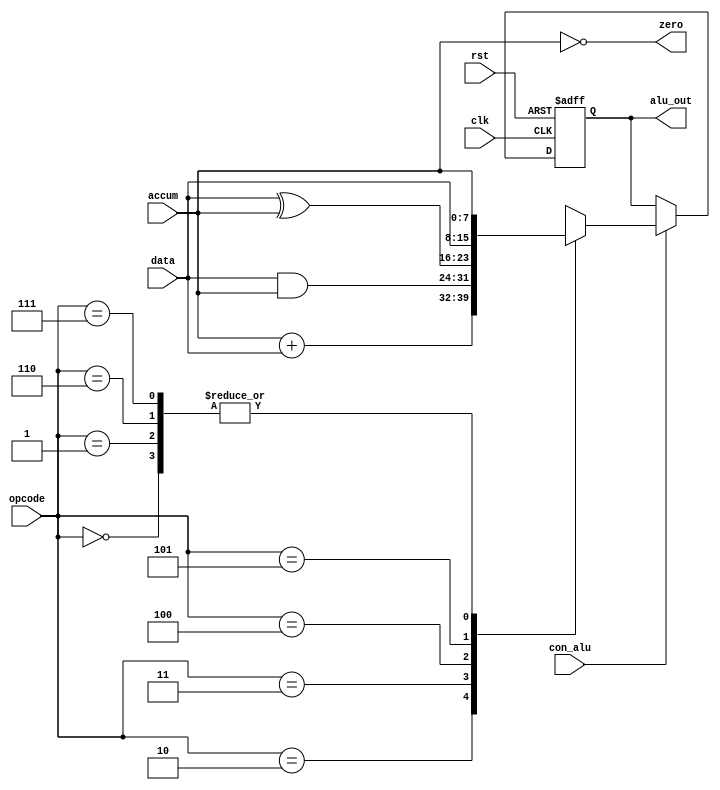
  module alu_cpu(
              clk,
              rst,
          con_alu,
             data,
             accum,
             opcode,
             zero,
             alu_out
          );

    input clk,rst,con_alu;
    input [7:0] data,accum;
    input [2:0] opcode;
    output [7:0] alu_out;
    output zero;

    reg [7:0] alu_out;

    parameter  HLT=3'b000,
     SKZ=3'b001,
     ADD=3'b010,
     AND=3'b011,
     XOR=3'b100,
     LDA=3'b101,
     STO=3'b110,
     JMP=3'b111;                      

      always@(posedge clk or negedge rst)
        begin
         if(!rst)
         alu_out<=8'b00000000;
       else 
      begin
        if(con_alu)
     begin
      casex(opcode)
        HLT:alu_out<=accum;
        SKZ:alu_out<=accum;
        ADD:alu_out<=accum+data;
        AND:alu_out<=data&accum;
        XOR:alu_out<=data^accum;
        LDA:alu_out<=data;
       STO:alu_out<=accum;
       JMP:alu_out<=accum;
       default:alu_out<=8'bxxxxxxxx;
     endcase
     end
     end
     end

      assign zero=!accum; 

    endmodule